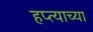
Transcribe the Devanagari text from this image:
हप्‍त्याच्या